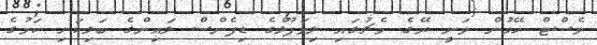
ވެސްޓް ހޭމުން ވަނީ ރޭގެ މެޗުގައި ލިވަޕޫލްގެ ޑިފެންސް ލައިންގެ ބަލިކަށި ކަމުގެ